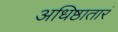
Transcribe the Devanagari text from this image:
अधिष्ठातारं